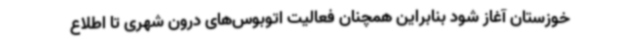
خوزستان آغاز شود بنابراین همچنان فعالیت اتوبوس‌های درون شهری تا اطلاع